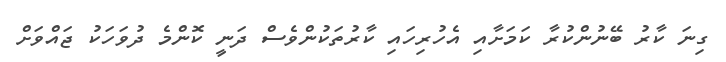
ގިނަ ކާރު ބޭނުންކުރާ ކަމަށާއި އެހުރިހައި ކާރުތަކުންވެސް ދަނީ ކޮންމެ ދުވަހަކު ޖައްވަށް